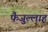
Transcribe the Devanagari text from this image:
फैजुल्लाह